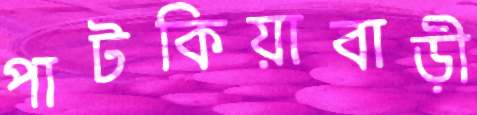
পাটকিয়াবাড়ী